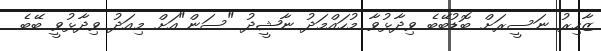
ޒާހިރު ނަސީރަށް ބޮޑުބޭބެ ވިދާޅުވާ މުހައްމަދު ނާޝީދު "ސަން"އަށް މިއަދު ވިދާޅުވީ ބޭބެ